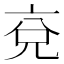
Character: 兗